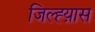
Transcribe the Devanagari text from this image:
जिल्ह्य़ास